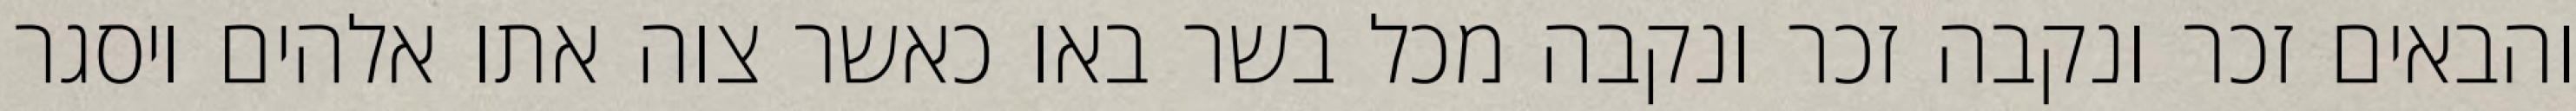
והבאים זכר ונקבה זכר ונקבה מכל בשר באו כאשר צוה אתו אלהים ויסגר